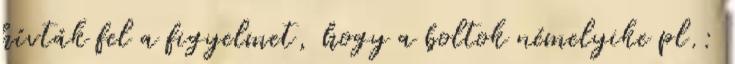
hívták fel a figyelmet, hogy a boltok némelyike pl.: